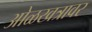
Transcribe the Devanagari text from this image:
ओळखत्रावर